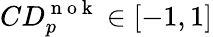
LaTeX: CD_{p}^{\mathrm{~n~o~k~}}\in[-1,1]